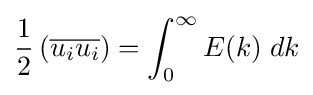
{\frac {1}{2}}\left({\overline {u_{i}u_{i}}}\right)=\int _{0}^{\infty }E(k)\;dk